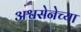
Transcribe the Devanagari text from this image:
अश्वसेनेच्या